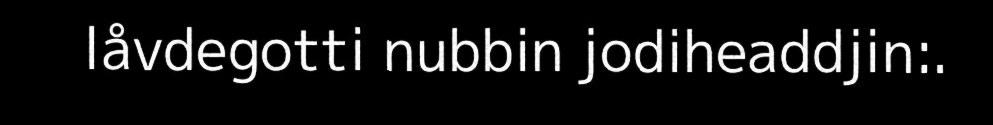
låvdegotti nubbin jodiheaddjin:.